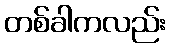
တစ်ခါကလည်း